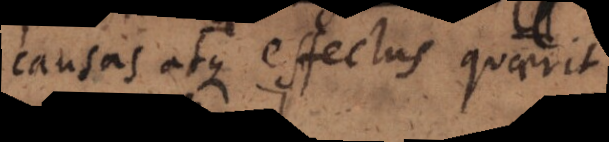
singulatim atque effectus quaerit